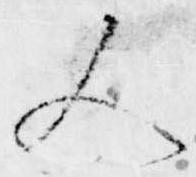
又